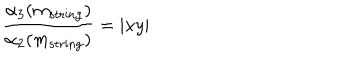
LaTeX: \frac { \alpha _ { 3 } ( m _ { \mathrm { s t r i n g } } ) } { \alpha _ { 2 } ( m _ { \mathrm { s t r i n g } } ) } = | x y |